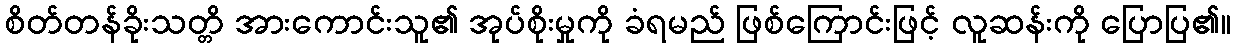
စိတ်တန်ခိုးသတ္တိ အားကောင်းသူ၏ အုပ်စိုးမှုကို ခံရမည် ဖြစ်ကြောင်းဖြင့် လူဆန်းကို ပြောပြ၏။